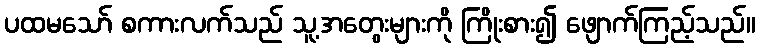
ပထမသော် စကားလက်သည် သူ့အတွေးများကို ကြိုးစား၍ ဖျောက်ကြည့်သည်။